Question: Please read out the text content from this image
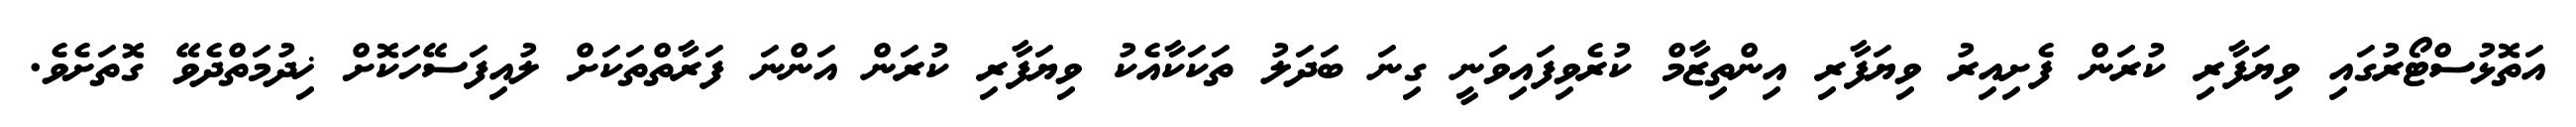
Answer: އަތޮޅުސްޓޯރުގައި ވިޔަފާރި ކުރަން ފެށިއިރު ވިޔަފާރި އިންތިޒާމް ކުރެވިފައިވަނީ ގިނަ ބަދަލު ތަކަކާއެކު ވިޔަފާރި ކުރަން އަންނަ ފަރާތްތަކަށް ލުއިފަސޭހަކޮށް ޚިދުމަތްދެވޭ ގޮތަށެވެ.